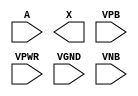
module sky130_fd_sc_hdll__dlygate4sd1 (
    //# {{data|Data Signals}}
    input  A   ,
    output X   ,

    //# {{power|Power}}
    input  VPB ,
    input  VPWR,
    input  VGND,
    input  VNB
);
endmodule